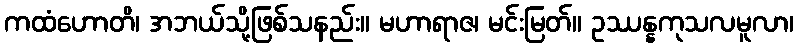
ကထံဟောတိ၊ အဘယ်သို့ဖြစ်သနည်း။ မဟာရာဇ၊ မင်းမြတ်။ ဥဿန္နကုသလမူလာ၊